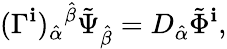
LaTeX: (\Gamma^{\mathbf{i}})_{\hat{{\alpha}}}{}^{\hat{{\beta}}}\tilde{{\Psi}}_{\hat{{\beta}}}=D_{\hat{{\alpha}}}\tilde{{\Phi}}^{\mathbf{i}},